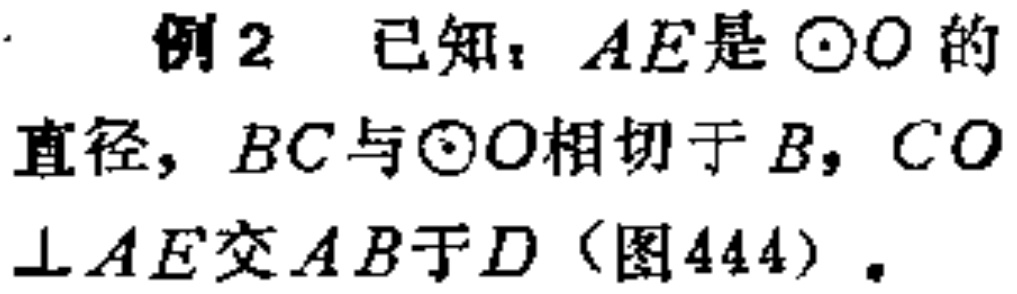
例2 已知：$AE$是$\odot O$的直径，$BC$与$\odot O$相切于$B$，$CO\perp AE$交$AB$于$D$（图444）.